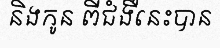
និងកូន ពីជំងឺនេះបាន